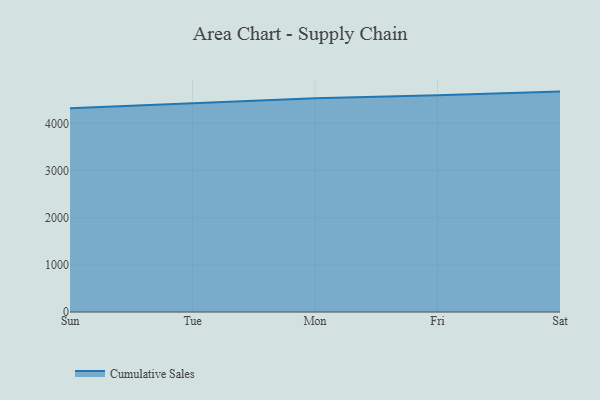
{"axis": {"x": "Day", "y": "Demand Index"}, "legend": ["Cumulative Sales"], "data": [{"x": "Sun", "y": 4323.1, "type": "Cumulative Sales"}, {"x": "Tue", "y": 4428.7, "type": "Cumulative Sales"}, {"x": "Mon", "y": 4532.8, "type": "Cumulative Sales"}, {"x": "Fri", "y": 4597.5, "type": "Cumulative Sales"}, {"x": "Sat", "y": 4674.7, "type": "Cumulative Sales"}]}